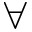
\forall